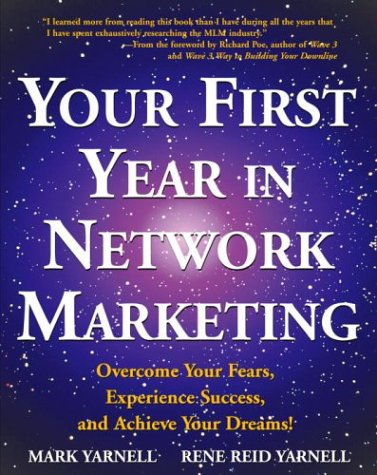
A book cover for Your First Year in Network Marketing: Overcome Your Fears, Experience Success, and Achieve Your Dreams!; Mark Yarnell; Business & Money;